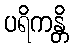
ပရိကန္တိ